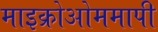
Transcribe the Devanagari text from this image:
माइक्रोओममापी